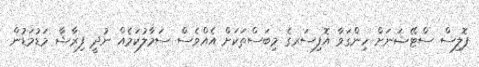
ޕޮލިސް ސްޓޭޝަނަށް ހިންގަވާ އޮފިސަރގެ މިބަސްތަކަށް އެއްވެސް ސަމާލުކަމެއް ނުދީ ފިރާޝާ މަޑުމަޑުން